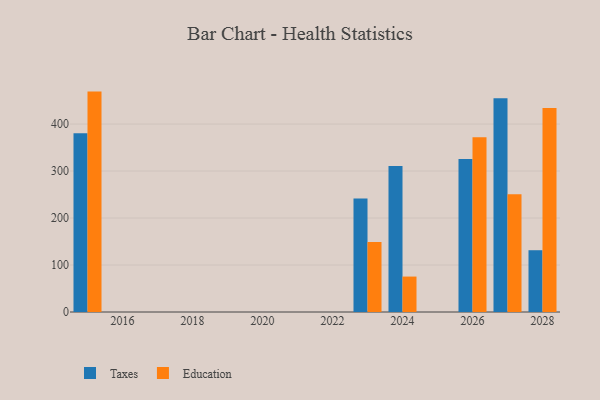
{"axis": {"x": "Year", "y": "Conversion Rate (%)"}, "legend": ["Education", "Taxes"], "data": [{"x": "2027", "y": 454.8, "type": "Taxes"}, {"x": "2027", "y": 250.7, "type": "Education"}, {"x": "2024", "y": 310.5, "type": "Taxes"}, {"x": "2024", "y": 75.4, "type": "Education"}, {"x": "2015", "y": 380.6, "type": "Taxes"}, {"x": "2015", "y": 469.1, "type": "Education"}, {"x": "2028", "y": 131.5, "type": "Taxes"}, {"x": "2028", "y": 434.3, "type": "Education"}, {"x": "2023", "y": 241.6, "type": "Taxes"}, {"x": "2023", "y": 148.9, "type": "Education"}, {"x": "2026", "y": 325.8, "type": "Taxes"}, {"x": "2026", "y": 371.8, "type": "Education"}]}